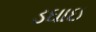
ડઘાઇ